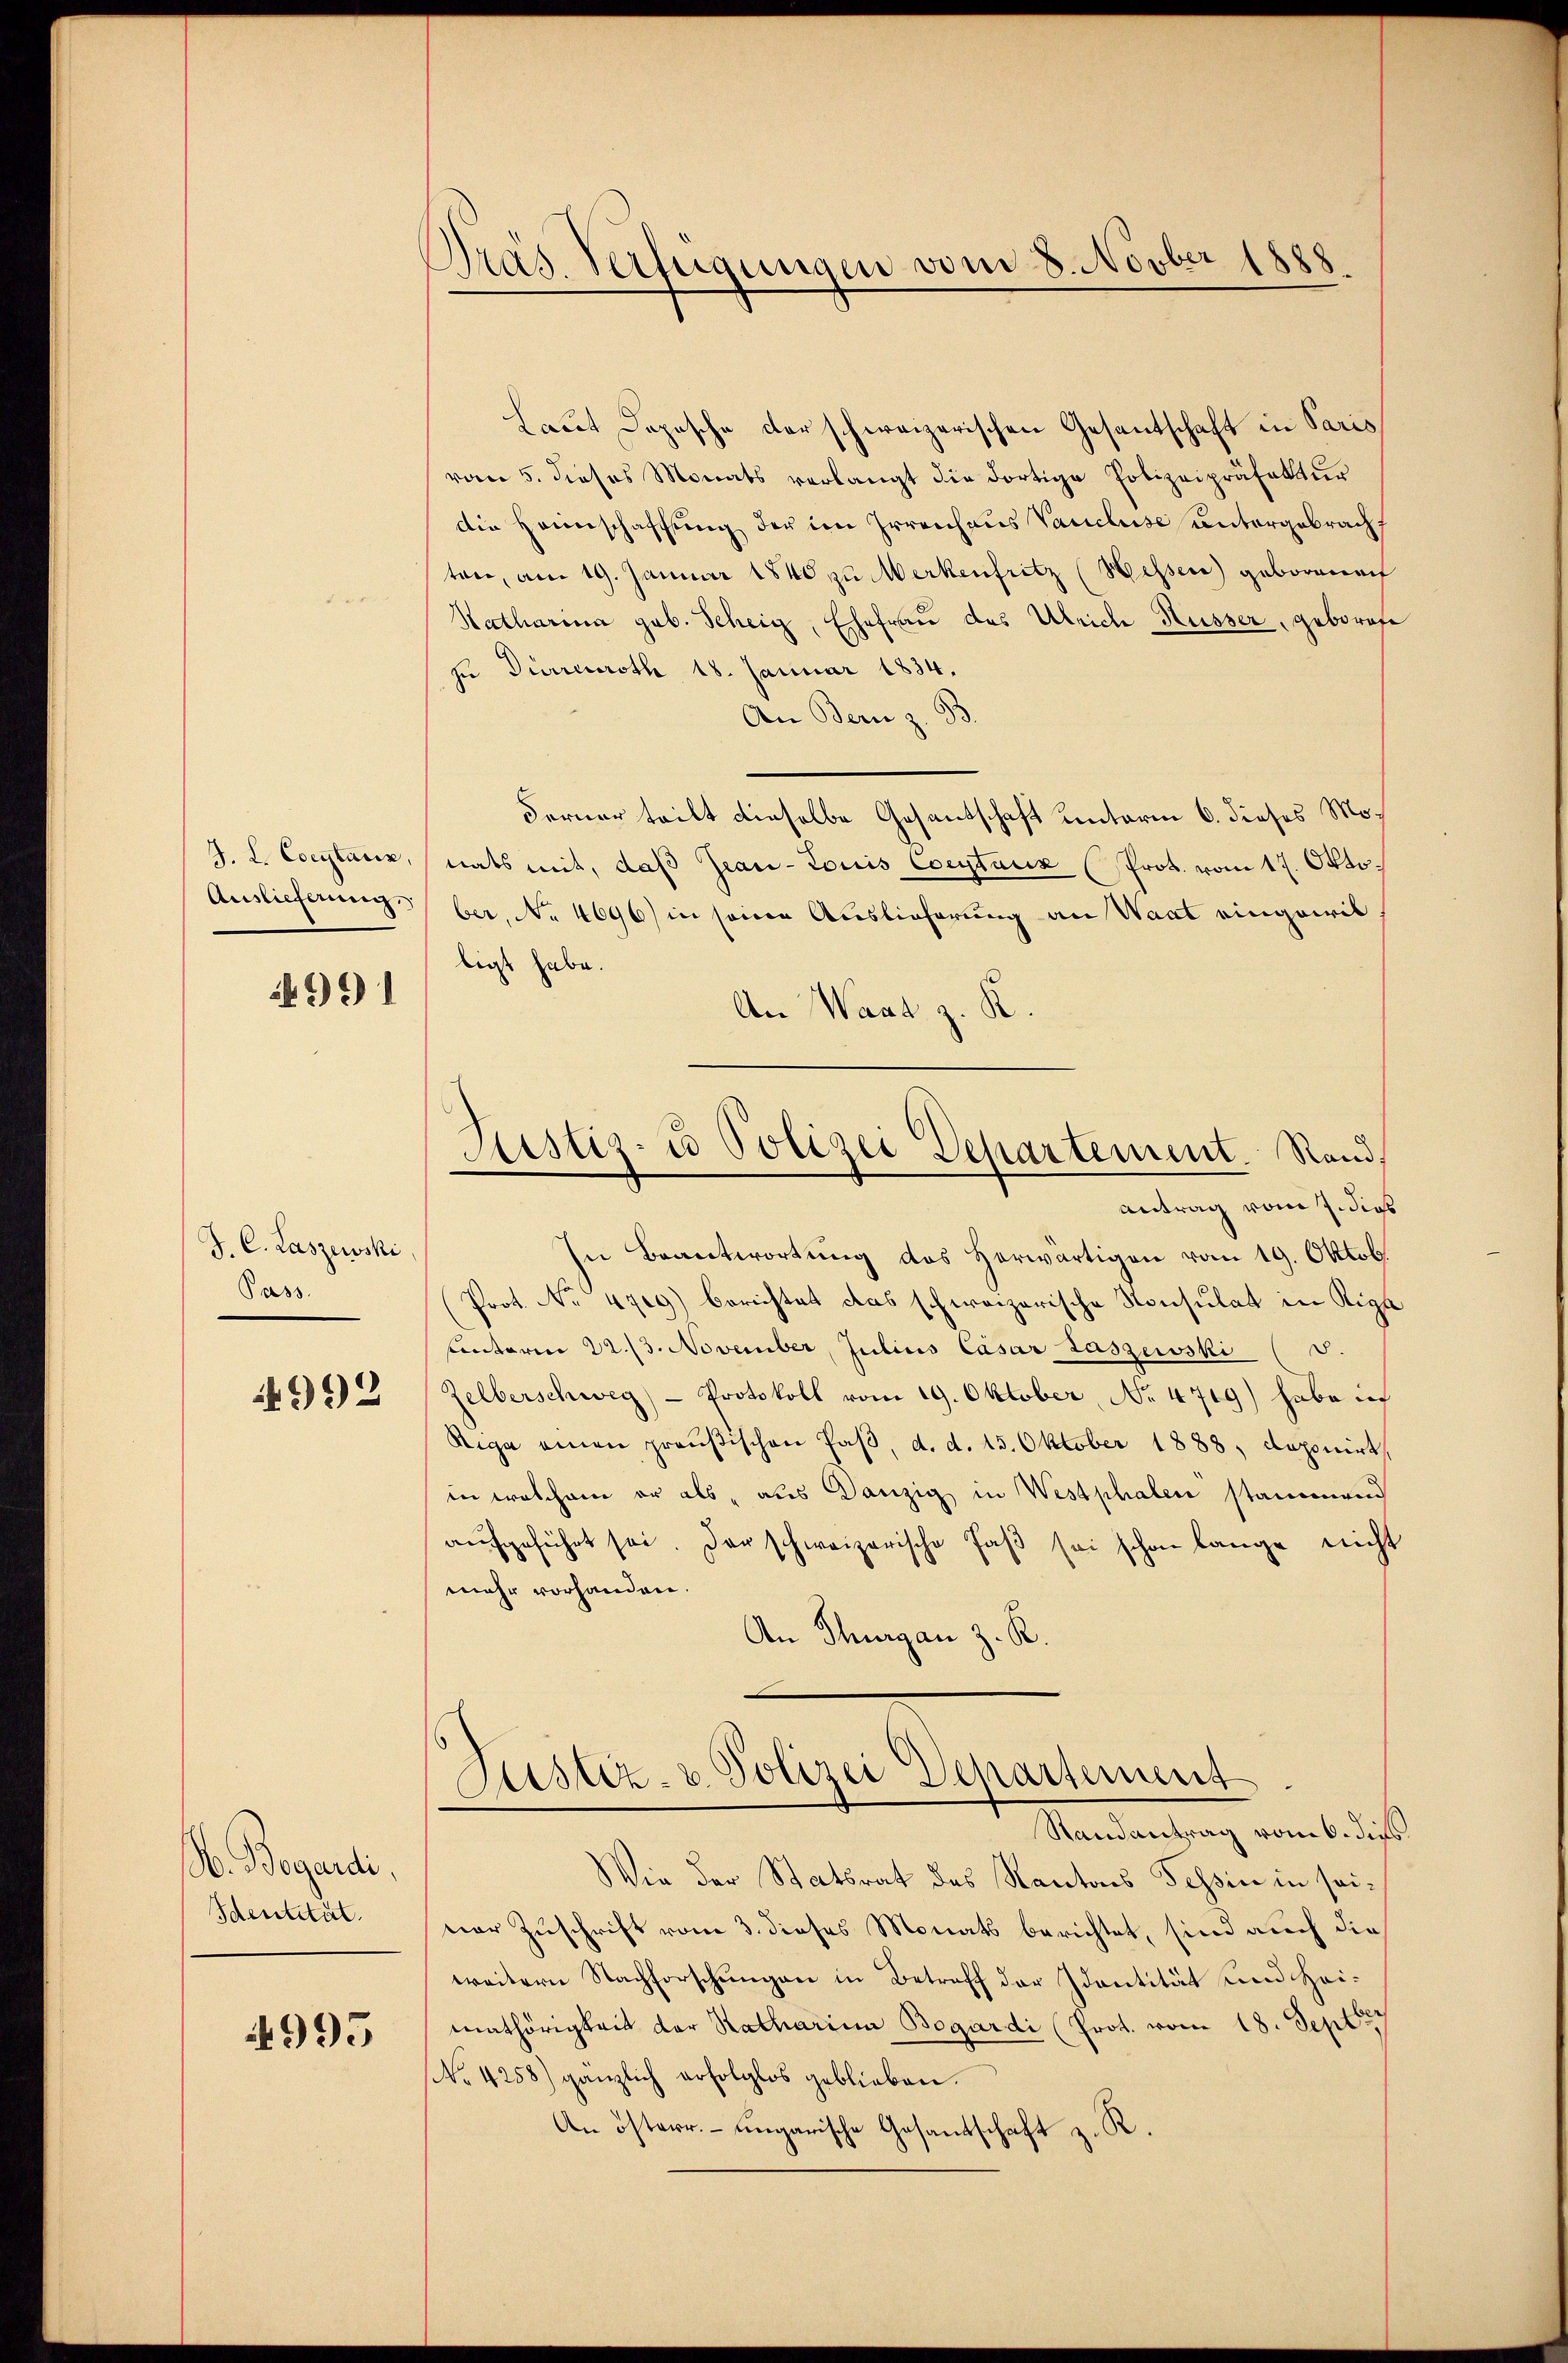
J. L. Coeytanz,

991

J. C. Laszewski
Pass.

4992

D. Begardi
Identität.

4995

Präs. Verfügungen vom 8. Novber 1888

Laut Depesche der schweizerischen Gesandtschaft in Paris
vom 5. dieses Monats verlangt die dortige Polizeipräfektur
die Heimschaffung der im Irrenhaus Vancluse untergebrachten, am 19. Januar 1848 zu Merkenfritz (Hessen) geborenach
Katharina geb. Scheig, Ehefrau des Ulrich Küsser, geborase
zu Dürreuroth 18. Januar 1834.
An Bern z. B.
Ferner teilt dieselbe Gesandschaft unterm 6. dieses Monats mit, daß Jean - Louis Coeytaux (Prot. vom 17. Okto.
Auslieferungsber, No 4696) in seine Auslieferung an Waadt eingewil
tigt habe.
An Waat z. K.
Justiz- u Polizei Departement. Rand
Antrag vom 7. dies
In Beantwortung des Herwärtigen vom 19. Oktob.
Prot. No 4719) berichtet das schweizerische Konsulat in Riga
Kinterm 22./3. November, Julius Cäsar Laszewski (3.
Zelberschweg - Protokoll vom 19. Oktober, No. 4719) habe ich
Riga einen preußischen Paβ, d. d. 15. Oktober 1888, deponirt,
in welchem er als „aus Danzig in Westphalen stammend
aŭfgeführt sei. Der schweizerische Faß sei schon lange nicht
mehr vorhanden.
An Thurgau z. R.

1
Justiz- & Polizei Departement
Randantrag vom 6. dies

Wie der Statsrat des Kantons Tessin in seiner Zuschrift vom 3. dieses Monats berichtet, sind auch die
weitern Nachforschungen in Betreff der Identität und Heimathörigkeit der Ratharina Bogardi (Prot. vom 18. Sept
No. 4258) gänzlich erfolglos geblieben.
An österr. ungarische Gesandschaft z. R.